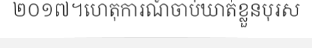
២០១៧។ហេតុការណ៍ចាប់ឃាត់ខ្លួនបុរស